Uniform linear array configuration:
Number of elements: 16
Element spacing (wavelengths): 1
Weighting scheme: exponential
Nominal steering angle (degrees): -30
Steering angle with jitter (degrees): -30.357
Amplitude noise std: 0.05
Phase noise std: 0.05

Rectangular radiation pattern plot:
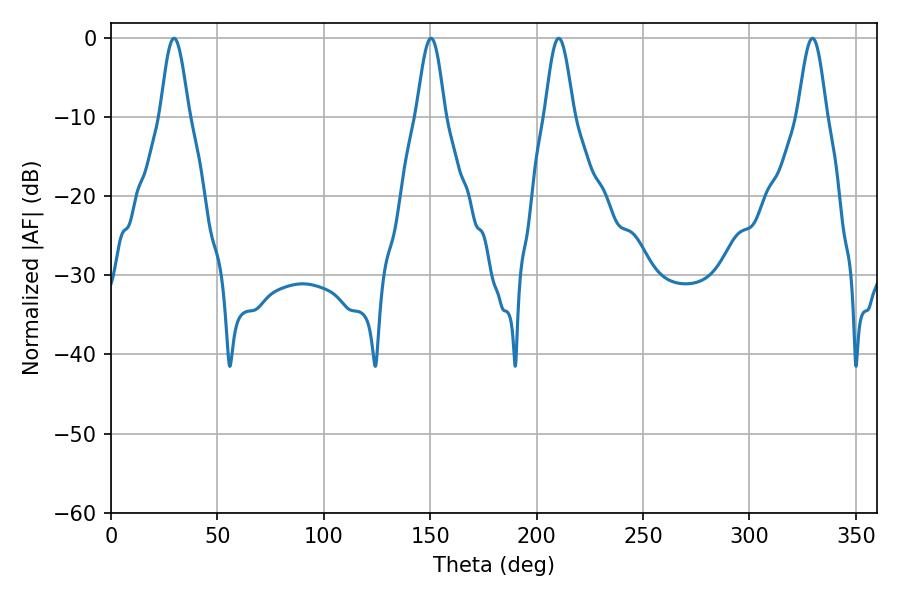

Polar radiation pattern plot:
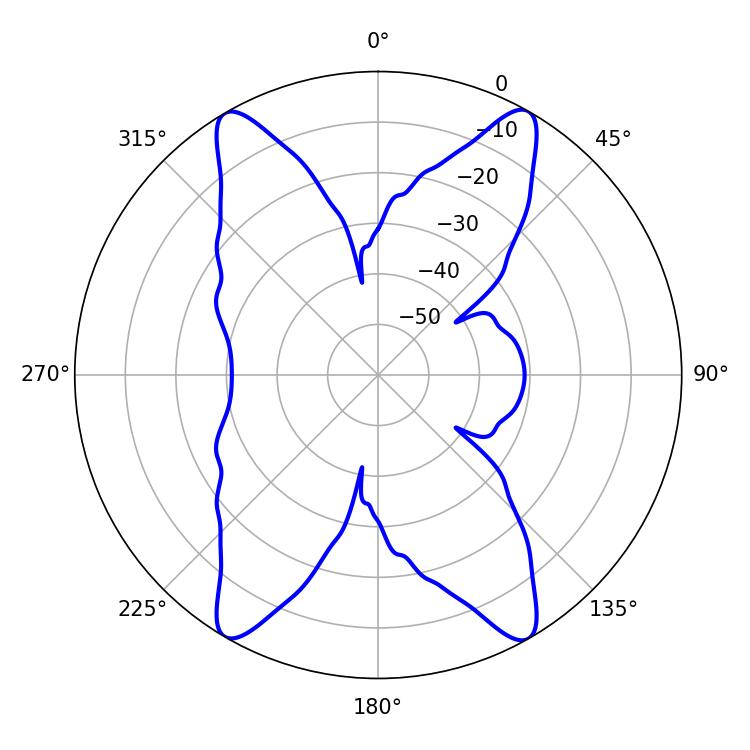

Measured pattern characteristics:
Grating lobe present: TRUE
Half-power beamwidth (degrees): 7.2
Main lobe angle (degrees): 210.42